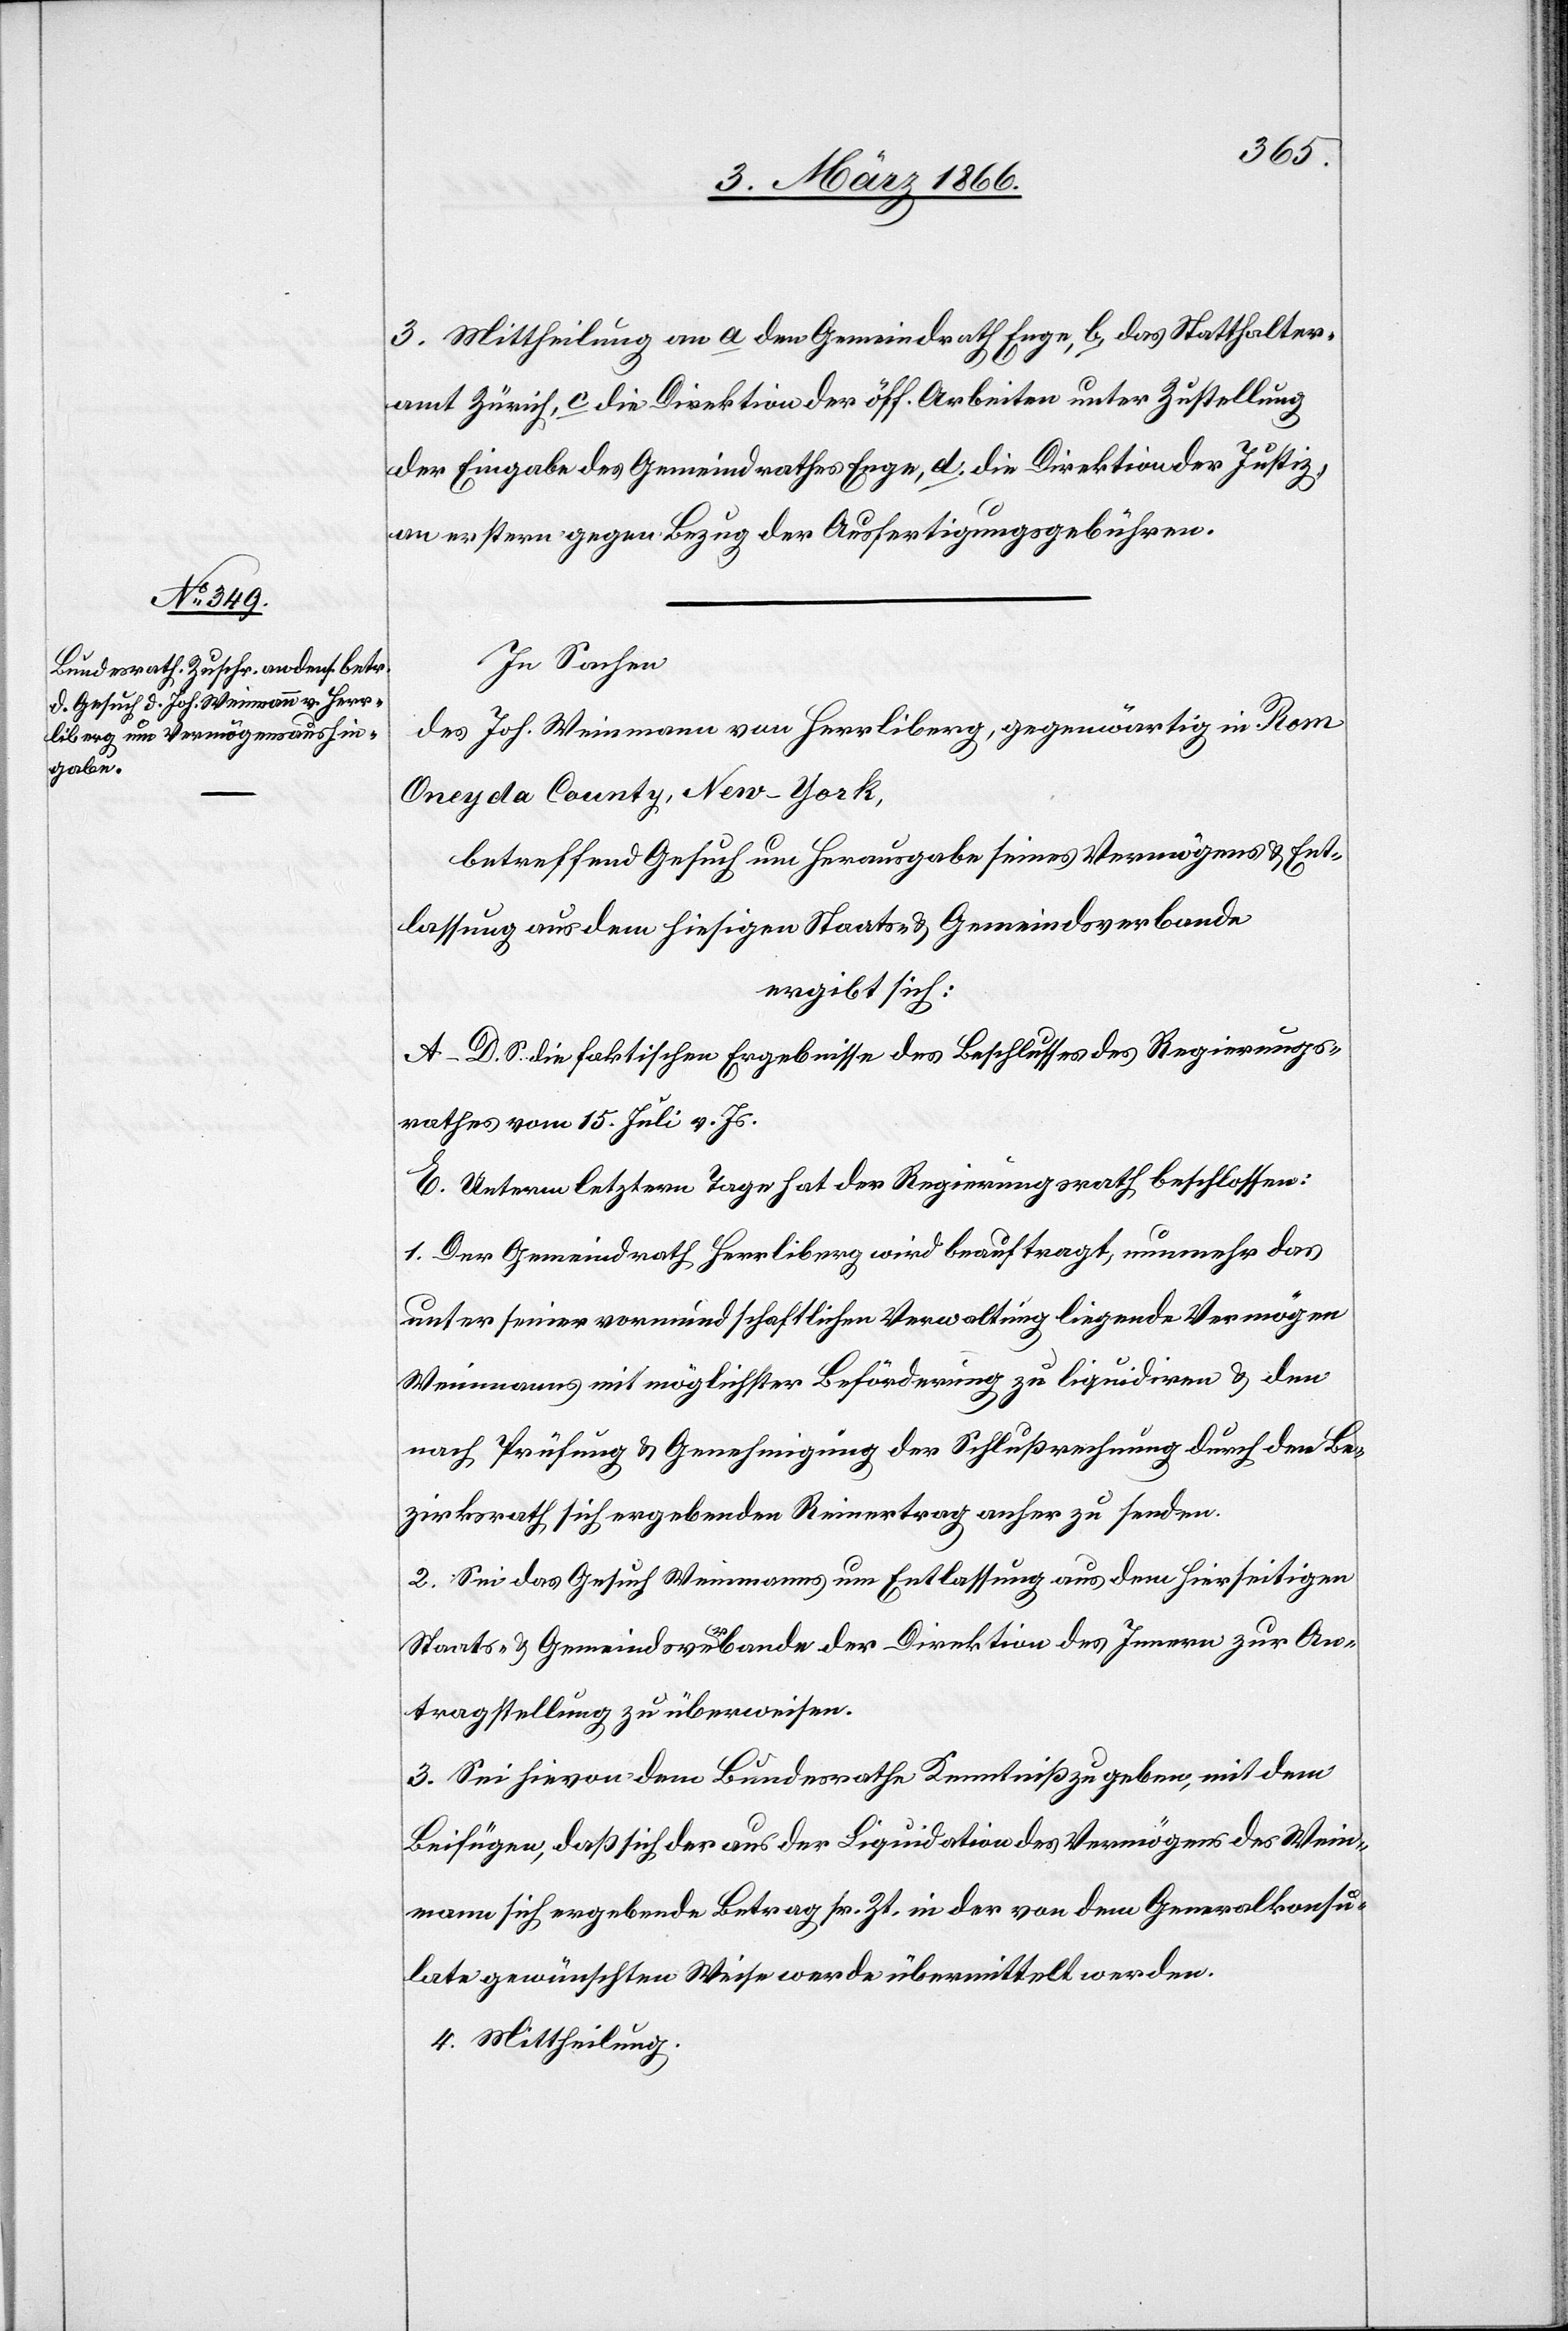
3. Mittheilung an a. den Gemeindrath Enge, b. das Statthalter¬
amt Zürich, c. die Direktion der öff. Arbeiten unter Zustellung
der Eingabe des Gemeindrathes Enge, d. die Direktion der Justiz,
an erstern gegen Bezug der Ausfertigungsgebühren.
In Sachen
des Joh. Weinmann von Herrliberg, gegenwärtig in Rom
Oneyda County, New–York,
betreffend Gesuch um Herausgabe seines Vermögens u. Ent¬
lassung aus dem hiesigen Staats- u. Gemeindsverbande
ergibt sich:
A–D. S. die faktischen Ergebnisse des Beschlusses des Regierungs¬
rathes vom 15. Juli v. Js.
E. Unterm letztern Tage hat der Regierungsrath beschlossen:
1. Der Gemeindrath Herrliberg wird beauftragt, nunmehr das
unter seiner vormundschaftlichen Verwaltung liegende Vermögen
Weinmanns mit möglichster Beförderung zu liquidiren u. den
nach Prüfung u. Genehmigung der Schlußrechnung durch den Be¬
zirksrath sich ergebenden Reinertrag anher zu senden.
2. Sei das Gesuch Weinmanns um Entlassung aus dem hierseitigen
Staats- u. Gemeindsverbande der Direktion des Innern zur An¬
tragstellung zu überweisen.
3. Sei hievon dem Bundesrathe Kenntniß zu geben, mit dem
Beifügen, daß sich der aus der Liquidation des Vermögens des Wein¬
mann sich ergebende Betrag sr. Zt. in der von dem Generalkonsu¬
late gewünschten Weise werde übermittelt werden.
4. Mittheilung